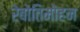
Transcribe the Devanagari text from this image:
रेबोतिमोहन